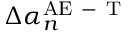
\Delta \alpha _ { n } ^ { \mathrm { A E \mathrm { ~ - ~ } T } }